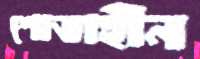
শোভাহীন